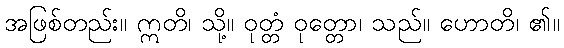
အဖြစ်တည်း။ ဣတိ၊ သို့။ ဝုတ္တံ ဝုတ္တော၊ သည်။ ဟောတိ၊ ၏။